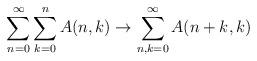
LaTeX: \begin{align*}\sum_{n=0}^\infty \sum_{k=0}^n A(n,k) \rightarrow \sum_{n,k=0}^\infty A(n+k,k)\end{align*}